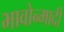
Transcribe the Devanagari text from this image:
भावोन्मादी